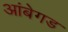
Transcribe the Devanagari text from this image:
आंबेगड